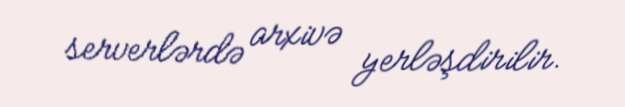
serverlərdə arxivə yerləşdirilir.